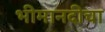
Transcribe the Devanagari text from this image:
भीमानदीचा